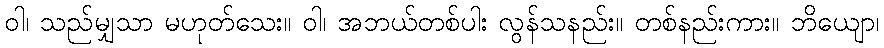
ဝါ၊ သည်မျှသာ မဟုတ်သေး။ ဝါ၊ အဘယ်တစ်ပါး လွန်သနည်း။ တစ်နည်းကား။ ဘိယျော၊